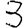
Digit: 3